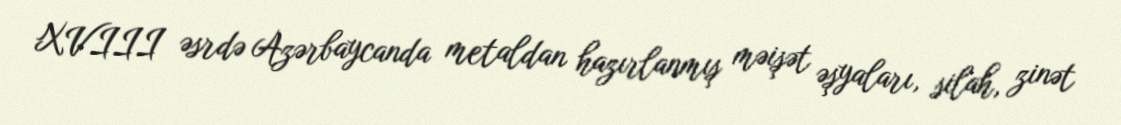
XVIII əsrdə Azərbaycanda metaldan hazırlanmış məişət əşyaları, silah, zinət